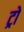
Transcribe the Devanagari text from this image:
ट्रो